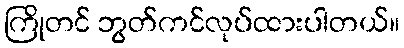
ကြိုတင် ဘွတ်ကင်လုပ်ထားပါတယ်။